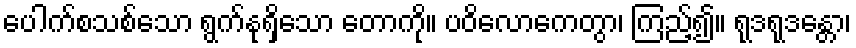
ပေါက်စသစ်သော ရွက်နုရှိသော တောကို။ ပဝိလောကေတွာ၊ ကြည့်၍။ ရုဒရုဒန္တော၊